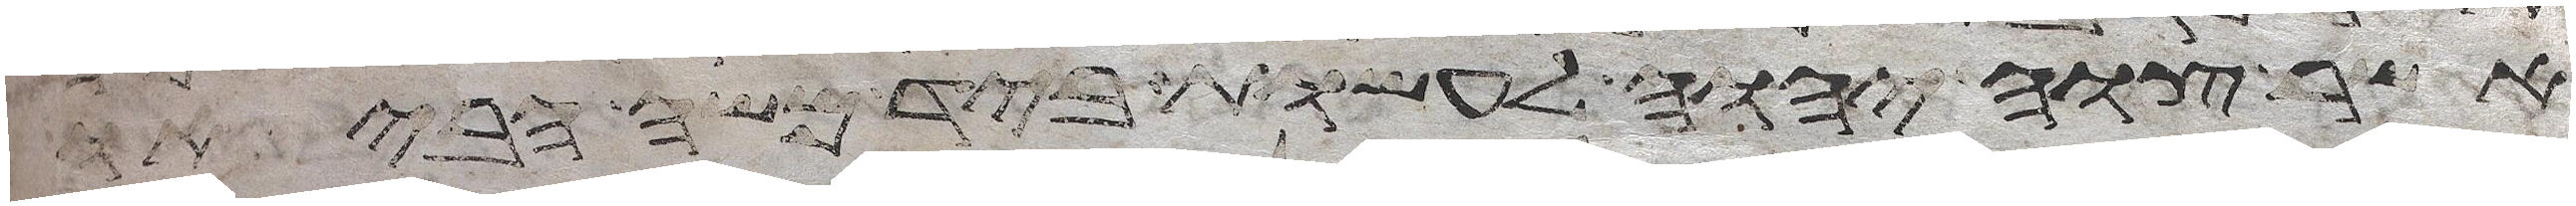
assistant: אשר צוה יהוה לעשות ביד משה הביאו